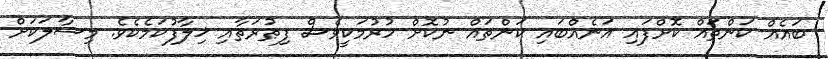
ބައެއް ކަންތައް ކޮށްފައި އަނެއްބައި ކަންތައް ނުކޮށް ހުރުމަކީވެސް ފިޠުރަތާއި ޚިލާފުކަމެކެވެ. މިސާލަކަށް